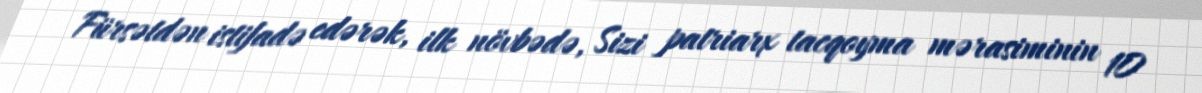
Fürsətdən istifadə edərək, ilk növbədə, Sizi patriarx tacqoyma mərasiminin 10